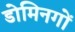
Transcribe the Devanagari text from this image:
डोमिनगों